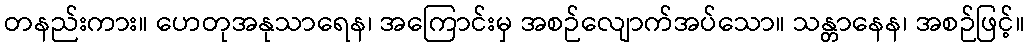
တနည်းကား။ ဟေတုအနုသာရေန၊ အကြောင်းမှ အစဉ်လျောက်အပ်သော။ သန္တာနေန၊ အစဉ်ဖြင့်။